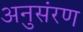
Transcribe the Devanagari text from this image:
अनुसंरण